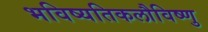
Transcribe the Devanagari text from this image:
भविष्यतिकलौविष्णु